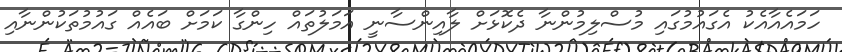
ހަމައެއާއެކު އެގައުމުގައި މުސްލިމުންނާ ދެކޮޅަށް ލާއިންސާނީ އަމަލުތައް ހިންގާ ކަމަށް ބައެއް ގައުމުތަކުންނާއި